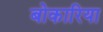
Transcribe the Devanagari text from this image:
बोकारिया